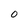
Character: 0